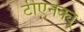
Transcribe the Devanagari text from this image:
टीएनक्यू